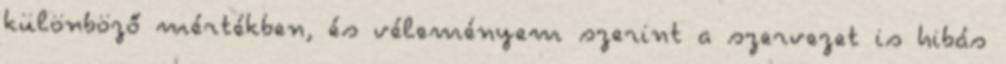
különböző mértékben, és véleményem szerint a szervezet is hibás